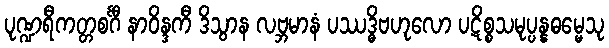
ပုဏ္ဍရီကတ္တစင်္ဂီ နာဝိန္ဒကီ ဒိသွာန လဗ္ဘမာနံ ပဿဒ္ဓိဗဟုလော ပဋိစ္စသမုပ္ပန္နဓမ္မေသု